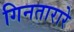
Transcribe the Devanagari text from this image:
गिनतारारे